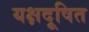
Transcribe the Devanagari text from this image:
यक्षदूषित